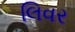
લિવર